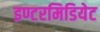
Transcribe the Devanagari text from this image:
इण्टरमिडियेट